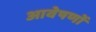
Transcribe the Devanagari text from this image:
आवेषणों